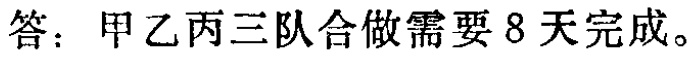
答：甲乙丙三队合做需要 8 天完成。